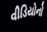
વીડિયોનો